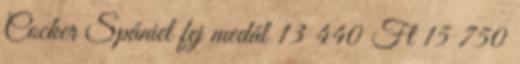
Cocker Spániel fej medál 13 440 Ft 15 750